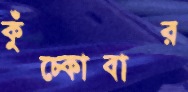
কুঁচ্‌কোবার